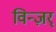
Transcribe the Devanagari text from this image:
विन्ज़र्